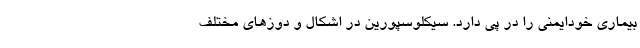
بیماری خودایمنی را در پی دارد. سیکلوسپورین در اشکال و دوزهای مختلف